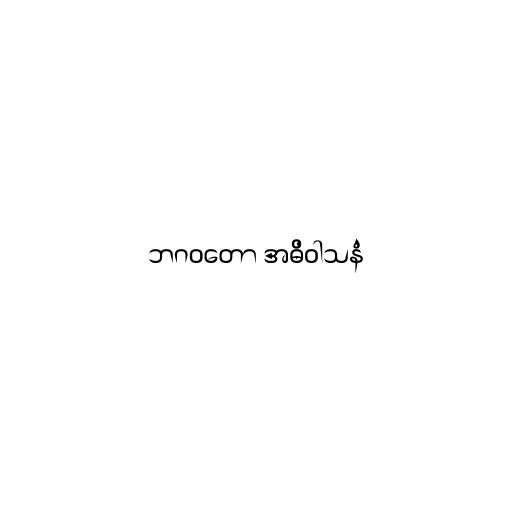
ဘဂဝတော အဓိဝါသနံ